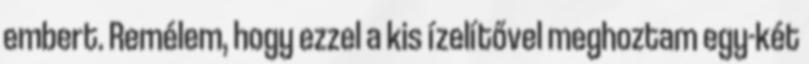
embert. Remélem, hogy ezzel a kis ízelítővel meghoztam egy-két